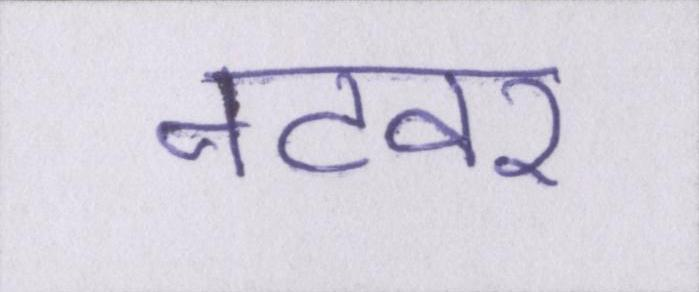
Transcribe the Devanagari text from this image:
नटवर